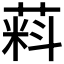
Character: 𬝮